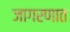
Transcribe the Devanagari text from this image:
जागरणात